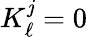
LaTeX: K_{\ell}^{\mathit{j}}=0